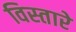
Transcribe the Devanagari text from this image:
विस्तारे